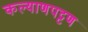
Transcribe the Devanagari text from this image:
कल्याणपट्टण